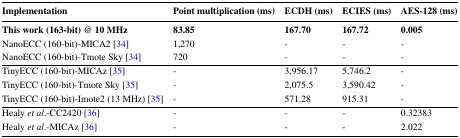
| Implementation | Point multiplication (ms) | ECDH (ms) | <COLSPAN=2> ECIES (ms) | <COLSPAN=2> AES-128 (ms) |
 | --- | --- | --- | --- | --- | --- | --- |
 | This work (163-bit)@10 MHz | 83.85 | <COLSPAN=2> 167.70 | 167.72 | 0.005 |
 | NanoECC (160-bit)-MICA2 [34] | 1,270 | <COLSPAN=2> - | - | - |
 | NanoECC (160-bit)-Tmote Sky [34] | 720 | <COLSPAN=2> - | - | - |
 | TinyECC (160-bit)-MICAz [35] | - | <COLSPAN=2> 3,956.17 | 5,746.2 | - |
 | TinyECC (160-bit)-Tmote Sky [35] | - | <COLSPAN=2> 2,075.5 | 3,590.42 | - |
 | TinyECC (160-bit)-Imote2 (13 MHz) [35] | - | <COLSPAN=2> 571.28 | 915.31 | - |
 | Healy et al.-CC2420 [36] | - | <COLSPAN=2> - | - | 0.32383 |
 | Healy et al.-MICAz [36] | - | <COLSPAN=2> - | - | 2.022 |